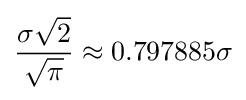
{\frac {\sigma {\sqrt {2}}}{\sqrt {\pi }}}\approx 0.797885\sigma